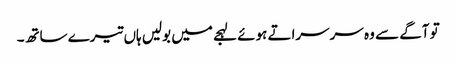
تو آگے سے وہ سرسراتے ہوئے لہجے میں بولیں ہاں تیرے ساتھ۔